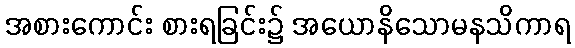
အစားကောင်း စားရခြင်း၌ အယောနိသောမနသိကာရ